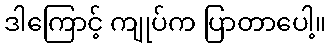
ဒါကြောင့် ကျုပ်က ပြာတာပေါ့။